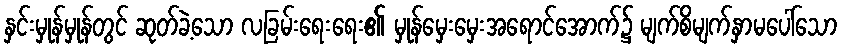
နှင်းမှုန်မှုန်တွင် ဆုတ်ခဲ့သော လခြမ်းရေးရေး၏ မှုန်မှေးမှေးအရောင်အောက်၌ မျက်စိမျက်နှာမပေါ်သော